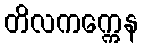
တိလကက္ကေန